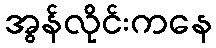
အွန်လိုင်းကနေ